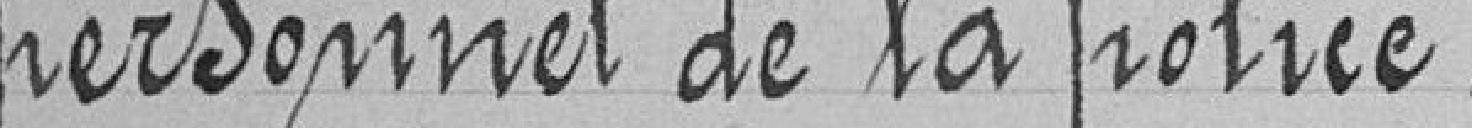
personnel de la police.